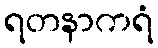
ရတနာကရံ